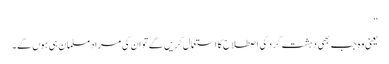
‘‘
یعنی وہ جب بھی دہشت گرد کی اصطلاح کا استعمال کریں گے تو ان کی مراد مسلمان ہی ہوں گے۔